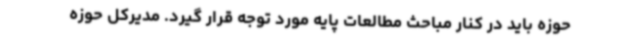
حوزه باید در کنار مباحث مطالعات پایه مورد توجه قرار گیرد. مدیرکل حوزه